Annual administration report of the Civil Veterinary Department of India - 1908-1909
Year: 1908
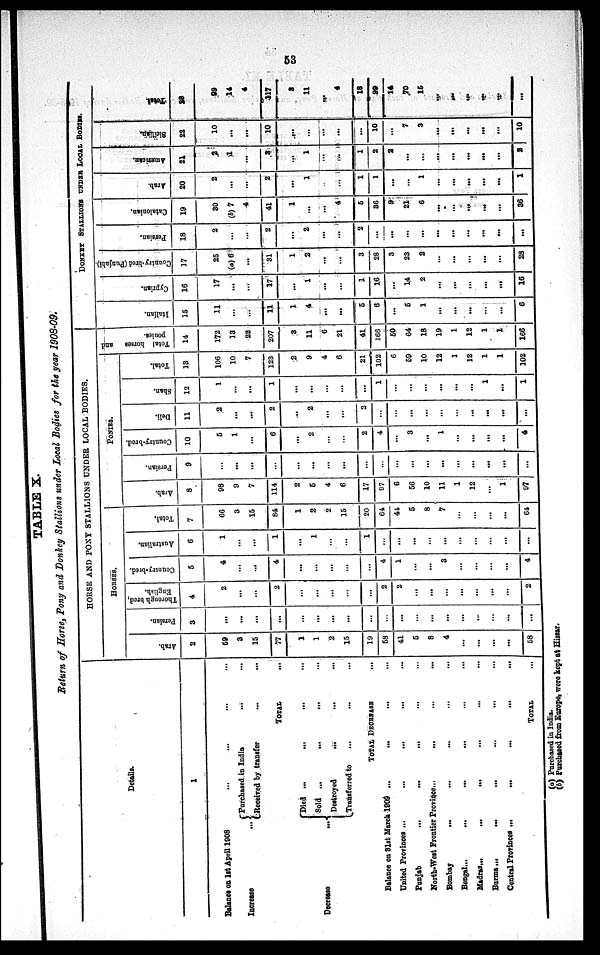
53
TABLE X.
Return of
Horse, Pony and Donkey Stallions under Local Bodies for the year 1908-09.
Details.
1
Balance on 1st April 1908 ... ... ... ...
Increase
...
Purchased in India
...
...
Received by transfer
...
...
TOTAL
Decrease
...
Died ... ... ... ...
Sold
... ... ... ...
Destroyed ... ... ...
Transferred to ... ... ...
TOTAL
DECREASE
...
Balance on 31at March 1909 ... ... ....
United Provinces
...
...
...
...
Punjab
...
...
... ... ...
North-West Frontier
Province...
...
Bombay ... ... ... ... ...
Bengal ... ... ... ... ... ...
Madras...
...
...
...
Burma ... ... ... ... ... ...
Central Provinces ...
...
...
...
TOTAL ...
HORSE AND PONY STALLIONS UNDER LOCAL BODIES
HORSES.
Arab.
2
59
3
15
77
1
1
2
15
19
58
41
5
8
4
...
...
...
...
58
Persian.
3
...
...
...
...
...
...
...
...
...
...
...
...
...
...
...
...
...
...
...
Thorough bred,
English.
4
2
...
...
2
...
...
...
...
...
2
2
...
...
...
...
...
...
...
2
Country-bred.
5
4
...
...
4
...
...
...
...
...
4
1
...
...
3
...
...
...
...
4
Australian.
6
1
...
...
1
...
1
...
...
1
...
...
...
...
...
...
...
...
...
...
Total,
7
66
3
15
84
1
2
2
15
20
64
44
5
8
7
...
...
...
...
64
PONIES.
Arab.
8
98
9
7
114
2
5
4
6
17
97
6
56
10
11
1
12
...
1
97
Persian.
9
...
...
...
...
...
...
...
...
...
...
...
...
...
...
...
...
...
...
...
Country-bred.
10
5
1
...
6
...
2
...
...
2
4
...
3
...
1
...
...
...
...
4
Deli.
11
2
...
...
2
...
2
...
...
2
...
...
...
...
...
...
...
...
...
...
Shan.
12
1
...
...
1
...
...
...
...
...
1
...
...
...
...
...
...
1
...
1
Total.
13
106
10
7
123
2
9
4
6
21
102
6
59
10
12
1
12
1
1
102
Total horses
and
ponies.
14
172
13
22
207
3
11
6
21
41
166
50
64
18
19
1
12
1
1
166`
DONKEY STALLIONS UNDER LOCAL BODIES.
Italian.
15
11
...
...
11
1
4
...
...
5
6
...
5
1
...
...
...
...
...
6
Cypr i
an.
16
17
...
...
17
...
1
...
...
1
16
...
14
2
...
...
...
...
...
16
Country-bred (Punjabi).
17
25
(a) 6
...
31
1
2
...
...
3
28
3
23
2
...
...
...
...
...
28
Per si an.
18
2
...
2
...
2
...
...
2
...
...
...
...
...
...
...
...
...
...
Catalonian.
19
30
(b) 7
4
41
1
...
...
4
5
36
9
21
6
...
...
...
...
...
36
Arab.
20
2
...
...
2
...
1
...
1
1
...
...
1
...
...
...
...
...
1
American.
21
2
1
...
3
...
1
...
...
1
2
2
...
...
...
...
...
...
...
2
Sicilian.
22
10
...
...
10
...
...
...
...
10
...
7
3
...
...
...
...
...
10
Total.
28
99
14
4
117
3
11
...
4
18
99
14
70
16
...
...
...
...
...
...
(a) Purchased in India.
(b) Purchased from Europe, were kept at Hissar.